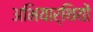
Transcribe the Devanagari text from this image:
अभियार्थियों